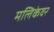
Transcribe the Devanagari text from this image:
मलिकेवर